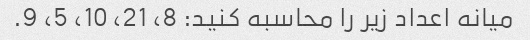
میانه اعداد زیر را محاسبه کنید: 8، 21، 10، 5، 9.